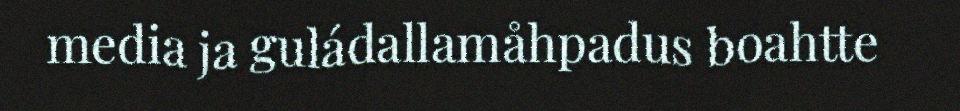
media ja guládallamåhpadus boahtte